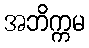
အဘိက္ကမ